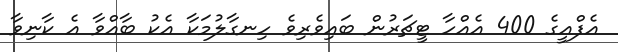
އެފްއީގެ 400 އެއްހާ ޓީޗަރުން ބައިވެރިވެ ހިނގާލުމަކާ އެކު ބާއްވާ އެ ކާނިވާ